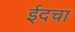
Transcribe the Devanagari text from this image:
ईदचा